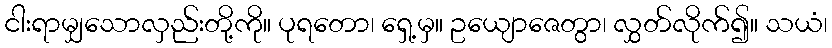
ငါးရာမျှသောလှည်းတို့ကို။ ပုရတော၊ ရှေ့မှ။ ဥယျောဇေတွာ၊ လွှတ်လိုက်၍။ သယံ၊